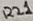
Text: R21